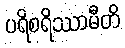
ပရိစရိဿာမီတိ